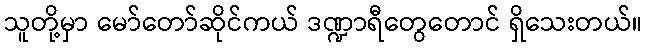
သူတို့မှာ မော်တော်ဆိုင်ကယ် ဒဏ္ဍာရီတွေတောင် ရှိသေးတယ်။